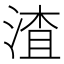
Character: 渣